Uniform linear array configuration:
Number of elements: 16
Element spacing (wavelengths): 0.5
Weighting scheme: kaiser
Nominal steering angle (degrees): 60
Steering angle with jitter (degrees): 61.709
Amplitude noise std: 0.05
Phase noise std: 0.05

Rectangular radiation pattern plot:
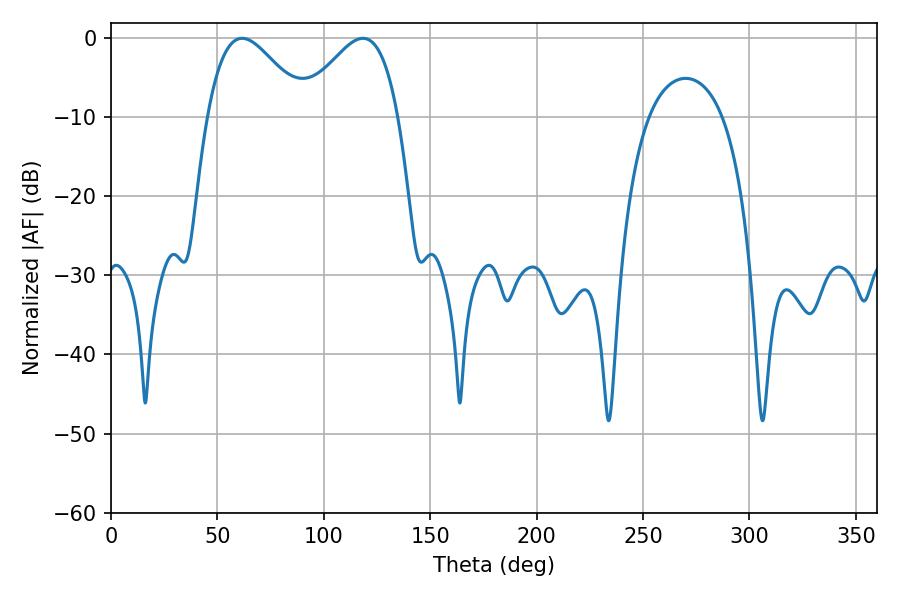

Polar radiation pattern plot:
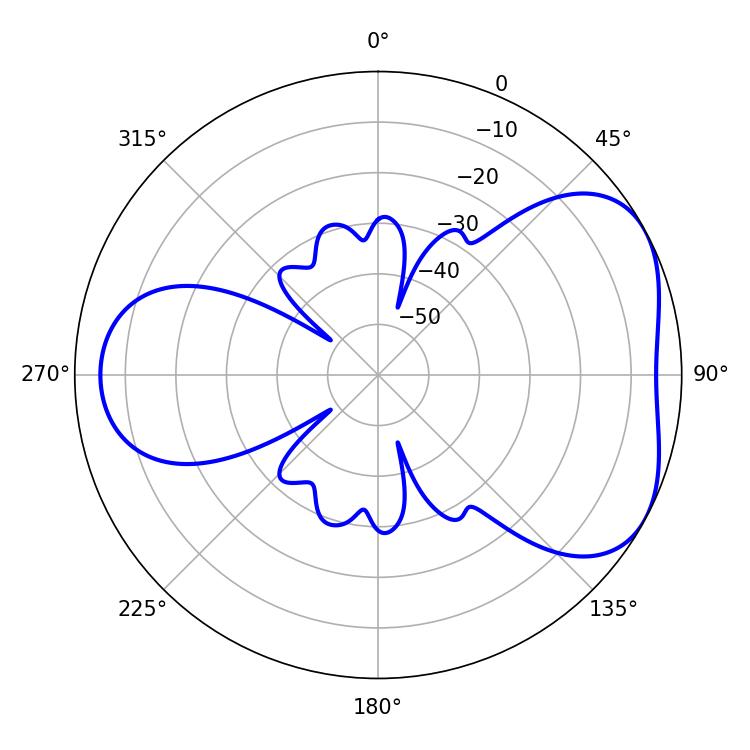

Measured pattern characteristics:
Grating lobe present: FALSE
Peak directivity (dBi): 4.61
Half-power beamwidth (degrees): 24.84
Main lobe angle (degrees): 61.56